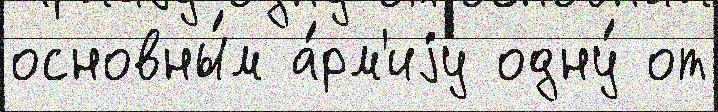
основны́м а́рм'иjу одну́ от